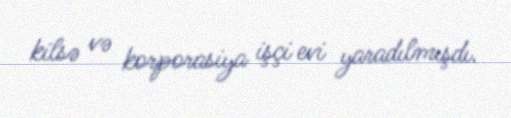
kilsə və korporasiya işçi evi yaradılmışdı.